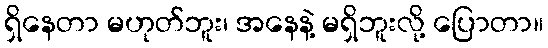
ရှိနေတာ မဟုတ်ဘူး၊ အနေနဲ့ မရှိဘူးလို့ ပြောတာ။